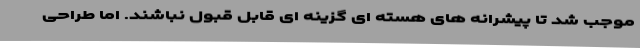
موجب شد تا پیشرانه های هسته ای گزینه ای قابل قبول نباشند. اما طراحی